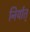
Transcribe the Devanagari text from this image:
निर्यात्‌